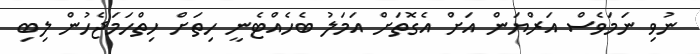
ނުވި ނަމަވެސް އަރްޔަން އަށް އެގޮތަށް އަމަލު ބެހެއްޓެނީ ހިތަށް ހިތްހަމަޖެހުން ލިބި